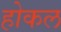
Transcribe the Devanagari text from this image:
होकल